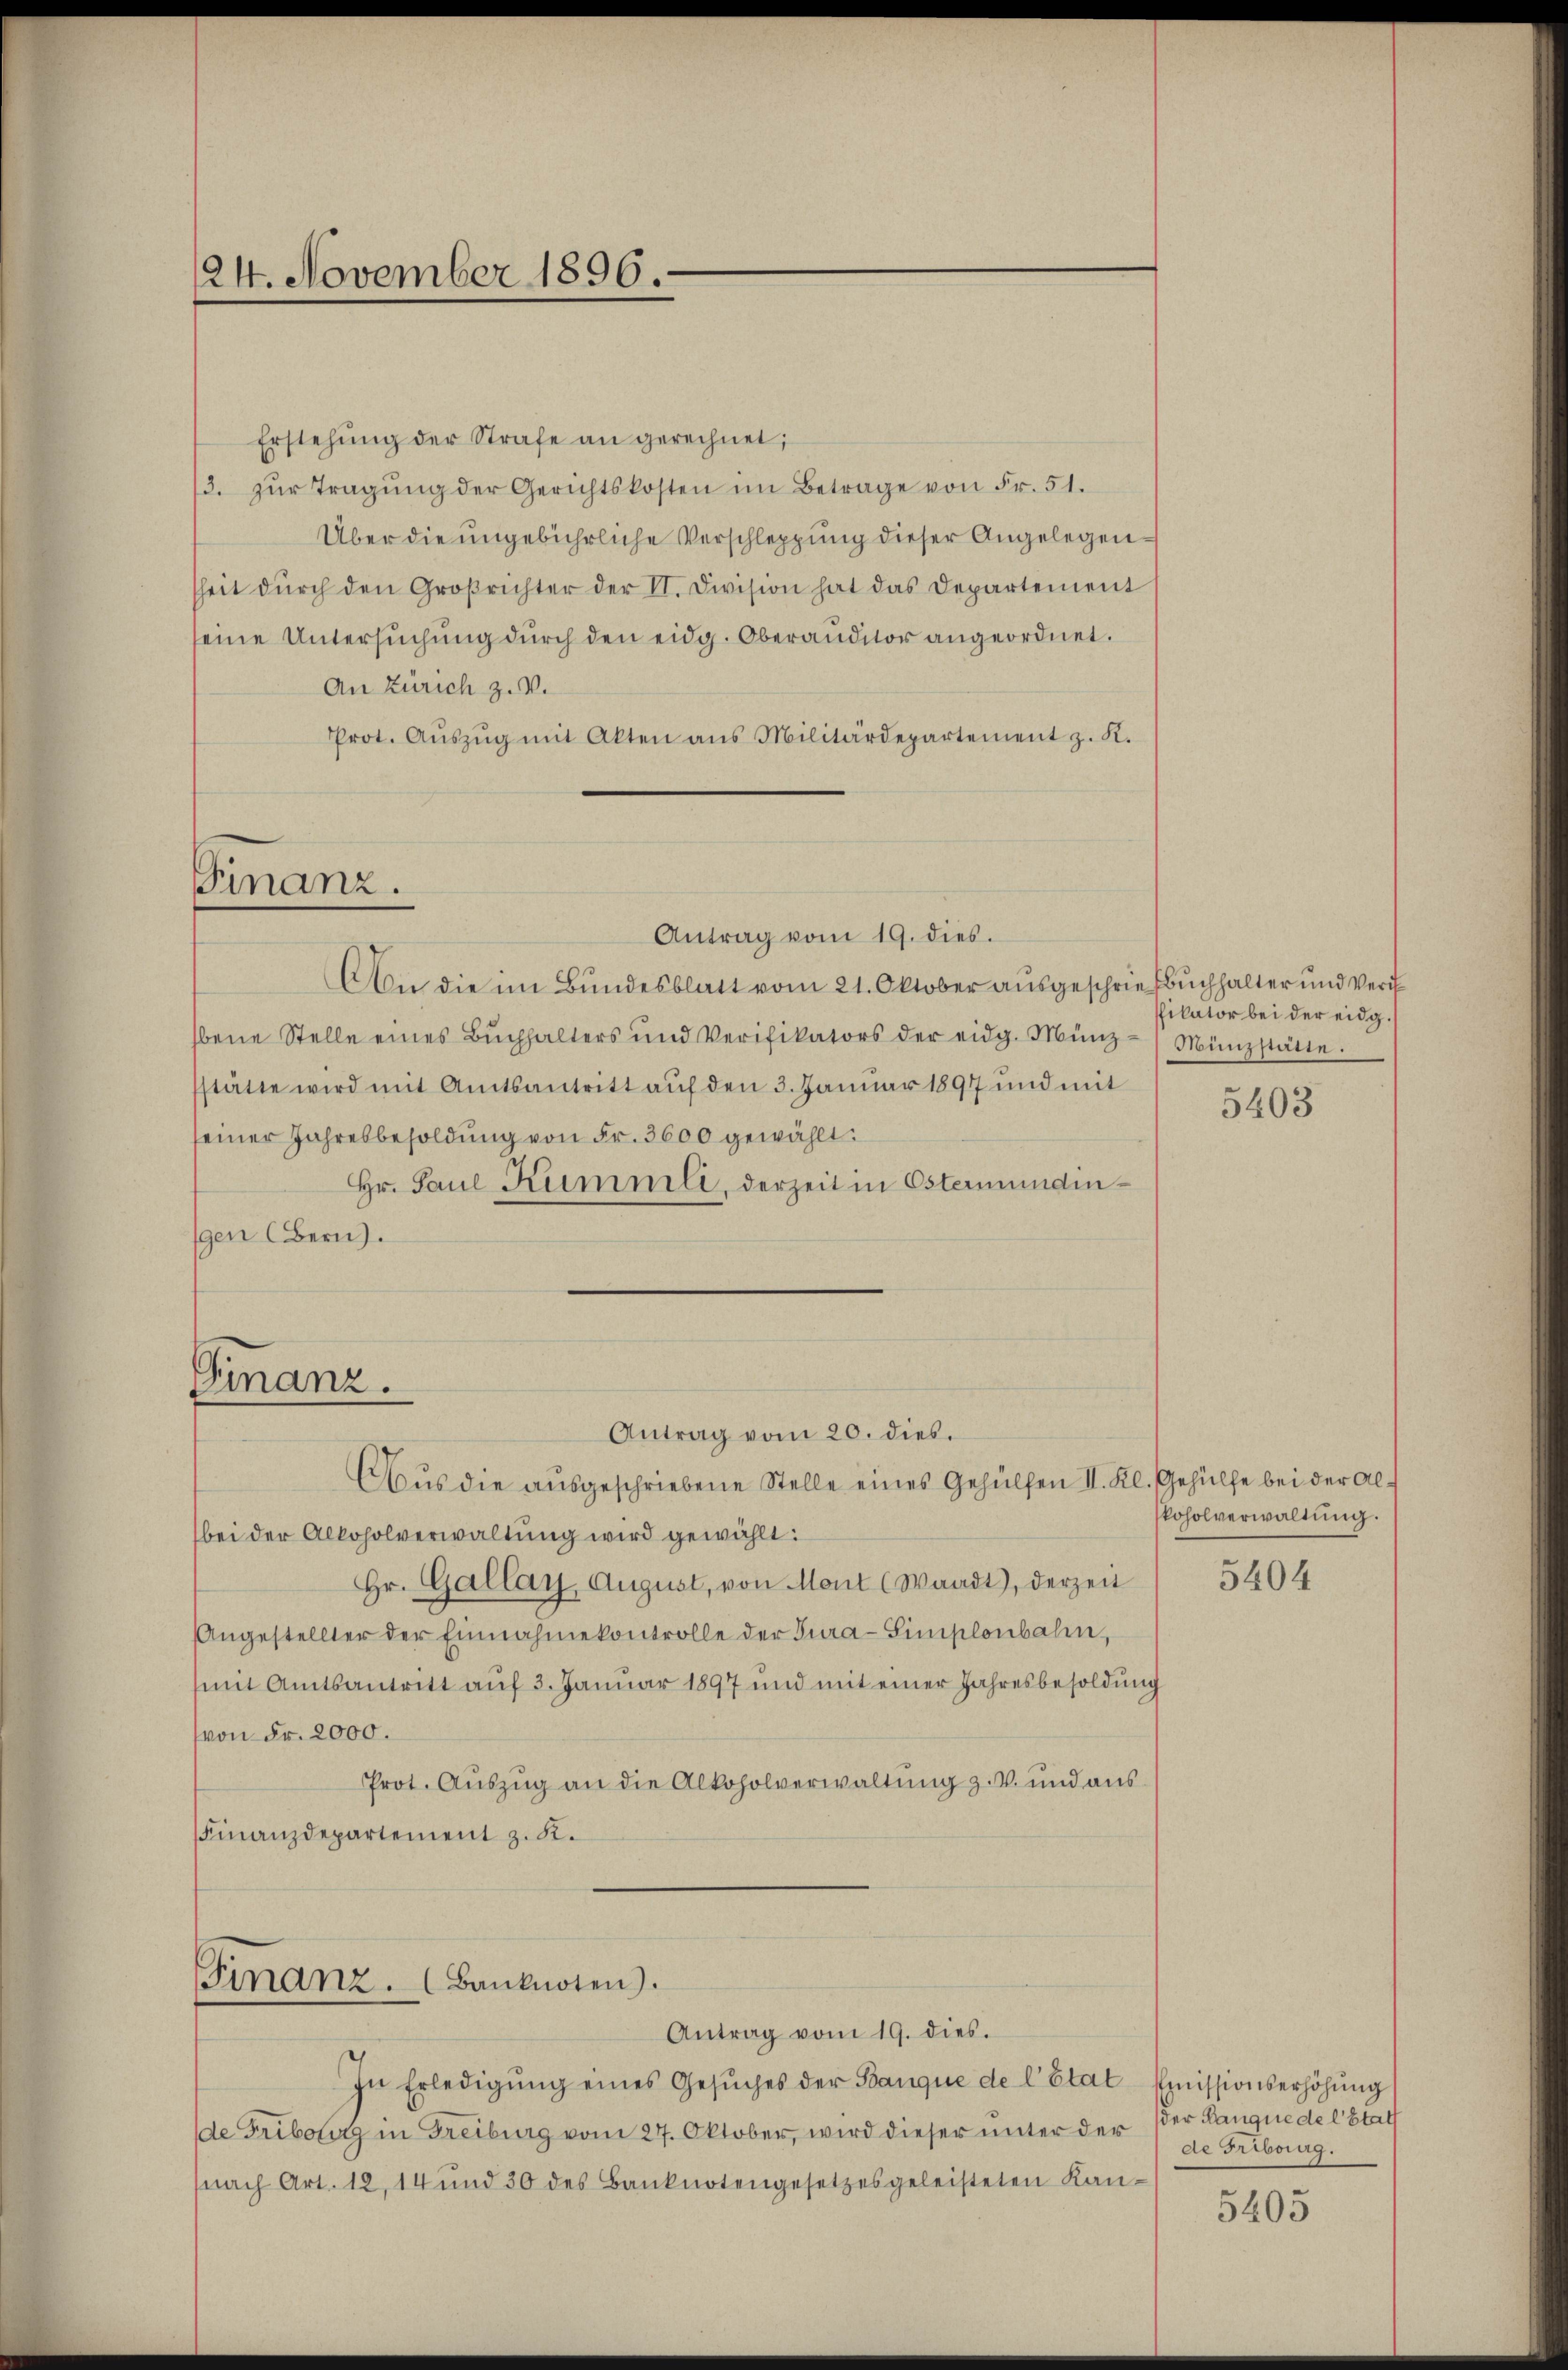
24. November 1896.

Finanz.

Erstehŭng der Strafe an gerechnet;
3. zŭr Tragŭng der Gerichtskosten im Betrage von Fr. 51.
Über die ungebührliche Verschleppung dieser Angelegentheit dŭrch den Großrichter der II. Division hat das Departement
seine Untersuchung durch den eidg. Oberauditor angeordnet.
An Zürich z. V.
Prot. Aŭszŭg mit Akten ans Militärdepartement z. K.
Finanz.
Antrag vom 19. dies.
An die im Bundesblatt vom 21. Oktober ausgeschriefbuchhalter und Verh
bene Stelle eines Bŭchhalters und Verifikators der eidg. Münz- Münzstätte.
stätte wird mit Amtsantritt auf den 3. Januar 1897 und mit
seiner Jahresbesoldung von Fr. 3600 gewählt:
Hr. Paul Kümmli, derzeit in Ostermundingen Bern.

Finanz. (Banknoten.

Antrag vom 20. dies.
Aus die ausgeschriebene Stelle eines Gehülfen II. Kl. Gehülfe bei der Alf

bei der Alkoholverwaltung wird gewählt:
Hr. Gallay. August, von Mont (Waadt), derzeit
Angestellter der Einnahme kontrolle der Tura-Simplonbahn,
mit Amtsantritt aŭf 3. Januar 1897 und mit einer Jahresbesoldŭng
von Fr. 2000.
Prot. Auszug an die Alkoholverwaltung z. B. und aus
Finanzdepartement z. K.

In Erledigung eines Gesuches der Banque de l’Etat
de Fribourg in Freiburg vom 27. Oktober, wird dieser unter der
(nach Art. 12, 14 und 30 des Banknotengesetzes geleisteten Kan-

Antrag vom 19. dies.

likator bei der eidg.

5403

koholverwaltung.

5404

Emissionserhöhung
der Kanque de l’Etat
de Fribourg.

5405